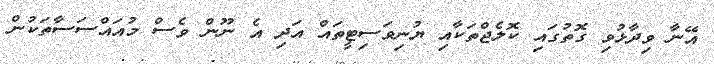
އޭނާ ވިދާޅުވި ގޮތުގައި ކޮލެޖްތަކާއި ޔުނިވަސިޓީތައް އަދި އެ ނޫން ވެސް މުއައްސަސާތަކުން